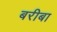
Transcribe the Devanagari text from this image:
बरीबा